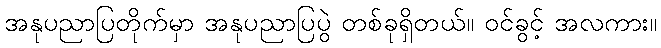
အနုပညာပြတိုက်မှာ အနုပညာပြပွဲ တစ်ခုရှိတယ်။ ဝင်ခွင့် အလကား။